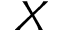
X